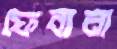
ফেবানা